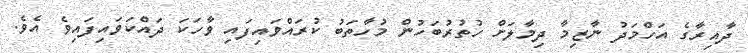
ދާއިރާގެ އަހްމަދު ނާޒިމާ ދިމާލަށް ހުތުރުބަހުން މުހާތަބު ކުރައްވައިފައި ވާހަކަ ދައްކަވައިފައިވެ އެވެ.